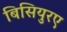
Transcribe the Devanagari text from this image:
बिसियुरए